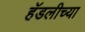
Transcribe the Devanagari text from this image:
हॅडलीच्या